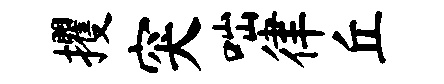
攫突咄律丘